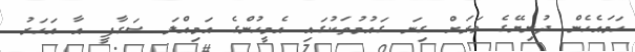
ހަމައެހެން ދުނިޔޭގެ ވަރަށް ގިނަ ގައުމުތަކުގައި އެމީހުންގެ އަމިއްލަ ސަގާފީ އާ އަހަރު